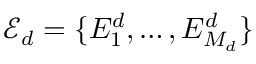
\mathcal { E } _ { d } = \{ E _ { 1 } ^ { d } , \dots , E _ { M _ { d } } ^ { d } \}